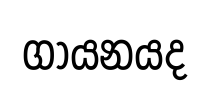
ගායනයද